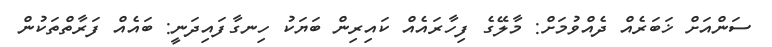
ސަންއަށް ޚަބަރެއް ދެއްވުމަށް: މާލޭގެ ފިހާރައެއް ކައިރިން ބަޔަކު ހިނގާފައިދަނީ: ބައެއް ފަރާތްތަކުން